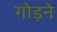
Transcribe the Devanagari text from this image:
गोड़ने